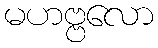
မဟဗ္ဗလော